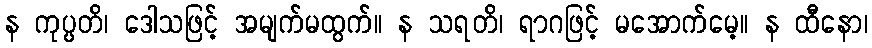
န ကုပ္ပတိ၊ ဒေါသဖြင့် အမျက်မထွက်။ န သရတိ၊ ရာဂဖြင့် မအောက်မေ့။ န ထီနော၊